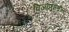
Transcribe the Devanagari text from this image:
विजाणूमधील